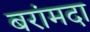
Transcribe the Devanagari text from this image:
बरांमदा